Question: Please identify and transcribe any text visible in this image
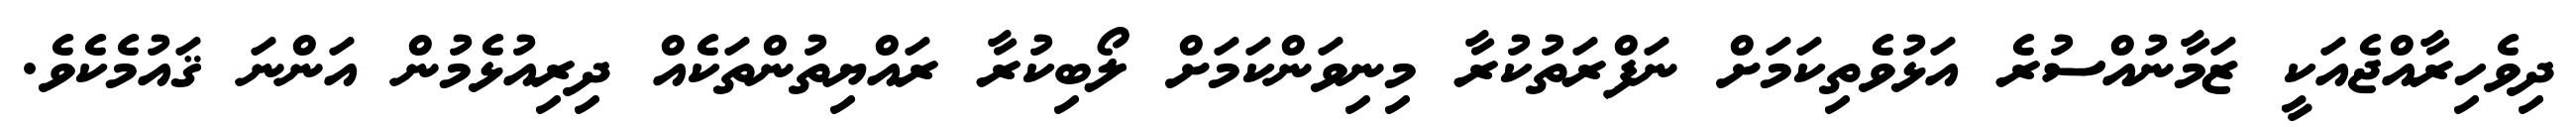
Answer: ދިވެހިރާއްޖެއަކީ ޒަމާނުއްސުރެ އަޅުވެތިކަމަށް ނަފްރަތުކުރާ މިނިވަންކަމަށް ލޯބިކުރާ ރައްޔިތުންތަކެއް ދިރިއުޅެމުން އަންނަ ޤައުމެކެވެ.